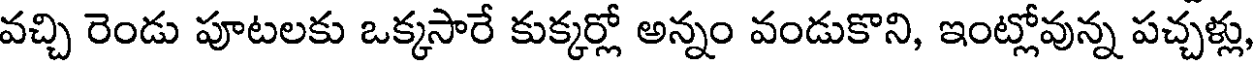
వచ్చి రెండు పూటలకు ఒక్కసారే కుక్కర్లో అన్నం వండుకొని, ఇంట్లోవున్న పచ్చళ్లు